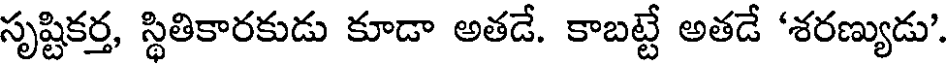
సృష్టికర్త, స్థితికారకుడు కూడా అతడే. కాబట్టే అతడే 'శరణ్యుడు'.